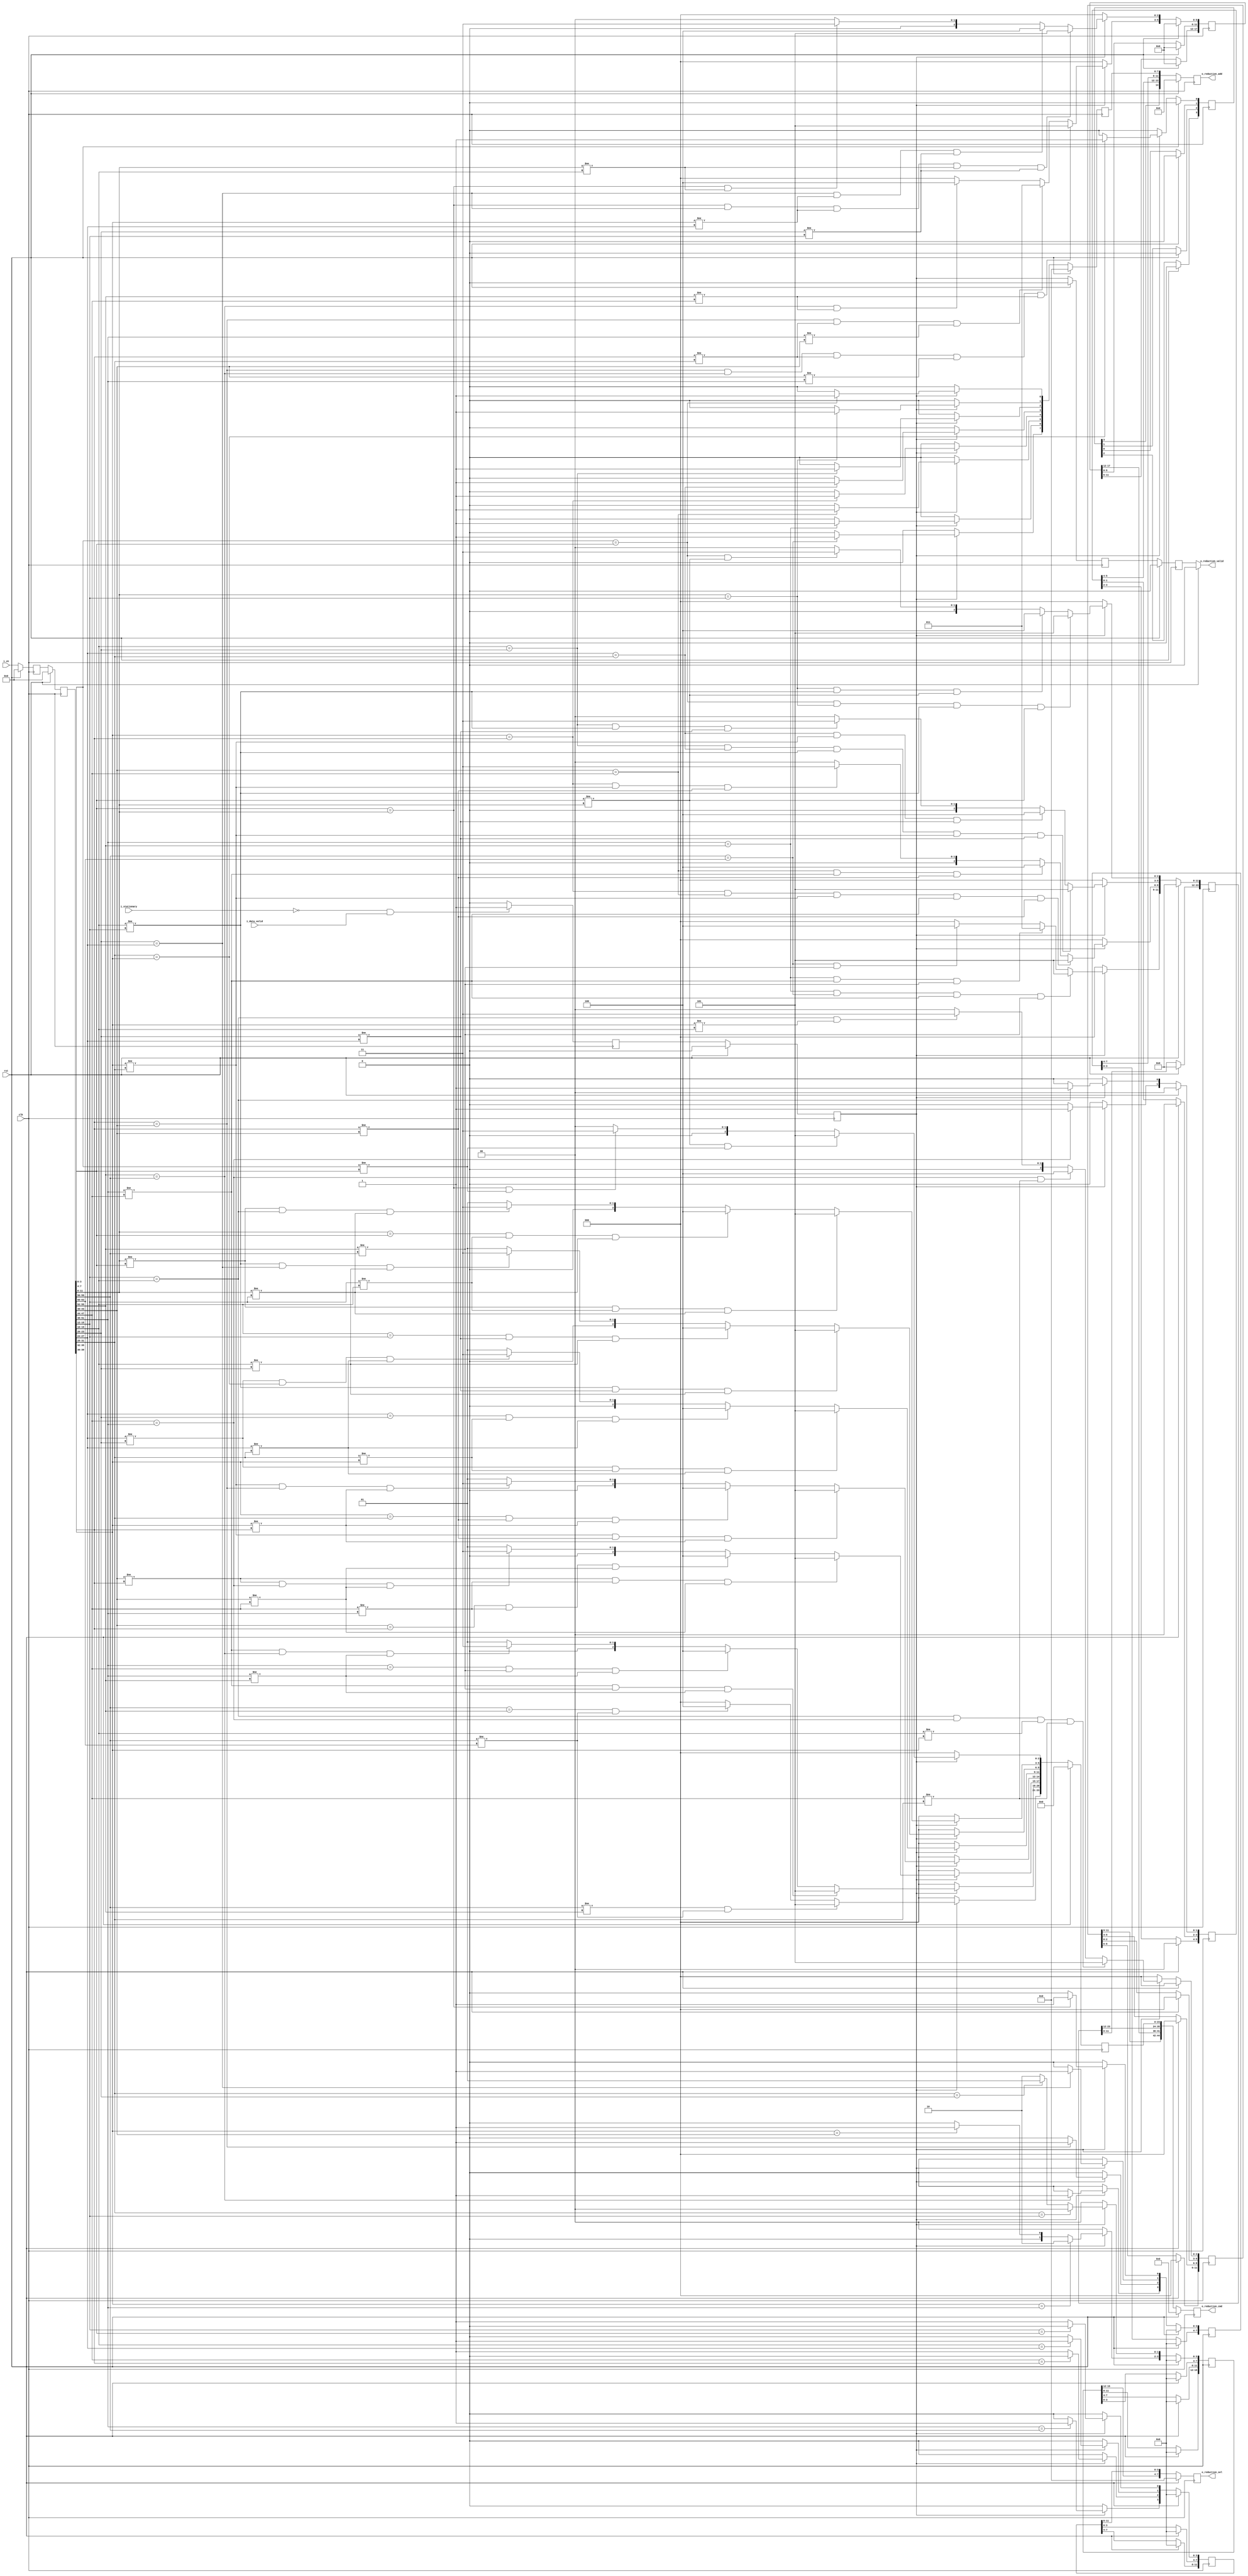
//##########################################################
// Generated Fowarding Adder Network Controller (FAN topology routing)
// Contact: ecqin@gatech.edu
//##########################################################


module fan_ctrl # (
	parameter DATA_TYPE =  32 ,
	parameter NUM_PES =  16 ,
	parameter LOG2_PES =  4 ) (
	clk,
	rst,
	i_vn,
	i_stationary,
	i_data_valid,
	o_reduction_add,
	o_reduction_cmd,
	o_reduction_sel,
	o_reduction_valid
);
	input clk;
	input rst;
	input [NUM_PES*LOG2_PES-1: 0] i_vn; // different partial sum bit seperator
	input i_stationary; // if input data is for stationary or streaming
	input i_data_valid; // if input data is valid or not
	output reg [(NUM_PES-1)-1:0] o_reduction_add; // determine to add or not
	output reg [3*(NUM_PES-1)-1:0] o_reduction_cmd; // reduction command (for VN commands)
	output reg [7 : 0] o_reduction_sel; // select bits for FAN topology
	output reg o_reduction_valid; // if reduction output from FAN is valid or not

	// reduction cmd and sel control bits (not flopped for timing yet)
	reg [(NUM_PES-1)-1:0] r_reduction_add;
	reg [3*(NUM_PES-1)-1:0] r_reduction_cmd;
	reg [7 : 0] r_reduction_sel;


	// diagonal flops for timing fix across different levels in tree (add_en signal)
	reg [7 : 0] r_add_lvl_0;
	reg [7 : 0] r_add_lvl_1;
	reg [5 : 0] r_add_lvl_2;
	reg [3 : 0] r_add_lvl_3;


	// diagonal flops for timing fix across different levels in tree (cmd signal)
	reg [23 : 0] r_cmd_lvl_0;
	reg [23 : 0] r_cmd_lvl_1;
	reg [17 : 0] r_cmd_lvl_2;
	reg [11 : 0] r_cmd_lvl_3;


	// diagonal flops for timing fix across different levels in tree (sel signal)
	reg [11 : 0] r_sel_lvl_2;
	reg [15 : 0] r_sel_lvl_3;


	// timing alignment for i_vn delay and for output valid
	reg [2*NUM_PES*LOG2_PES-1:0] r_vn;
	reg [NUM_PES*LOG2_PES-1:0] w_vn;
	reg [4 : 0 ] r_valid;


	genvar i, x;;
	// add flip flops to delay i_vn
	generate
		for (i=0; i < 2; i=i+1) begin : vn_ff
			if (i == 0) begin: pass
				always @ (posedge clk) begin
					if (rst == 1'b1) begin
						r_vn[(i+1)*NUM_PES*LOG2_PES-1:i*NUM_PES*LOG2_PES] <= 'd0;
					end else begin
						r_vn[(i+1)*NUM_PES*LOG2_PES-1:i*NUM_PES*LOG2_PES] <= i_vn;
					end
				end
			end else begin: flop
				always @ (posedge clk) begin
					if (rst == 1'b1) begin
						r_vn[(i+1)*NUM_PES*LOG2_PES-1:i*NUM_PES*LOG2_PES] <= 'd0;
					end else begin
						r_vn[(i+1)*NUM_PES*LOG2_PES-1:i*NUM_PES*LOG2_PES] <= r_vn[i*NUM_PES*LOG2_PES-1:(i-1)*NUM_PES*LOG2_PES];
					end
				end
			end
		end
	endgenerate

	// assign last flop to w_vn
	always @(*) begin
		w_vn = r_vn[2*NUM_PES*LOG2_PES-1:1*NUM_PES*LOG2_PES];
	end


	// generating control bits for lvl: 0
	// Note: lvl 0 and 1 do not require sel bits
	generate
		for (x=0; x < 8; x=x+1) begin: adders_lvl_0
			if (x == 0) begin: l_edge_case
				always @ (*) begin
					if (rst == 1'b1) begin
						r_reduction_add[0+x] = 'd0;
						r_reduction_cmd[3*0+3*x+:3] = 'd0;
					end else begin
						// generate cmd logic
						if (r_valid[1] == 1'b1) begin
							if (w_vn[(2*x+0)*LOG2_PES+:LOG2_PES] == w_vn[(2*x+1)*LOG2_PES+:LOG2_PES]) begin
								r_reduction_add[0+x] = 1'b1; // add enable
							end else begin
								r_reduction_add[0+x] = 1'b0;
							end


							if (w_vn[(2*x+1)*LOG2_PES+:LOG2_PES] != w_vn[(2*x+2)*LOG2_PES+:LOG2_PES] && w_vn[(2*x+0)*LOG2_PES+:LOG2_PES] != w_vn[(2*x+1)*LOG2_PES+:LOG2_PES]) begin
								r_reduction_cmd[3*0+3*x+:3] = 3'b101; // both vn done
							end else if (w_vn[(2*x+1)*LOG2_PES+:LOG2_PES] == w_vn[(2*x+2)*LOG2_PES+:LOG2_PES] && w_vn[(2*x+0)*LOG2_PES+:LOG2_PES] != w_vn[(2*x+1)*LOG2_PES+:LOG2_PES]) begin
								r_reduction_cmd[3*0+3*x+:3] = 3'b011; // left vn done
							end else begin
								r_reduction_cmd[3*0+3*x+:3] = 3'b000; // nothing
							end
						end else begin
							r_reduction_add[0+x] = 1'b0;
							r_reduction_cmd[3*0+3*x+:3] = 3'b000; // nothing
						end

					end
				end
			end else if (x == 7) begin: r_edge_case
				always @ (*) begin
					if (rst == 1'b1) begin
						r_reduction_add[0+x] = 'd0;
						r_reduction_cmd[3*0+3*x+:3] = 'd0;
					end else begin
						// generate cmd logic
						if (r_valid[1] == 1'b1) begin
							if (w_vn[(2*x+0)*LOG2_PES+:LOG2_PES] == w_vn[(2*x+1)*LOG2_PES+:LOG2_PES]) begin
								r_reduction_add[0+x] = 1'b1; // add enable
							end else begin
								r_reduction_add[0+x] = 1'b0;
							end


							if (w_vn[(2*x+0)*LOG2_PES+:LOG2_PES] != w_vn[(2*x+-1)*LOG2_PES+:LOG2_PES] && w_vn[(2*x+0)*LOG2_PES+:LOG2_PES] != w_vn[(2*x+1)*LOG2_PES+:LOG2_PES]) begin
								r_reduction_cmd[3*0+3*x+:3] = 3'b101; // both vn done
							end else if (w_vn[(2*x+0)*LOG2_PES+:LOG2_PES] == w_vn[(2*x+-1)*LOG2_PES+:LOG2_PES] && w_vn[(2*x+0)*LOG2_PES+:LOG2_PES] != w_vn[(2*x+1)*LOG2_PES+:LOG2_PES]) begin
								r_reduction_cmd[3*0+3*x+:3] = 3'b100; // right vn done
							end else begin
								r_reduction_cmd[3*0+3*x+:3] = 3'b000; // nothing
							end

						end else begin
							r_reduction_add[0+x] = 1'b0;
							r_reduction_cmd[3*0+3*x+:3] = 3'b000; // nothing
						end

					end
				end
			end else begin: normal
				always @ (*) begin
					if (rst == 1'b1) begin
						r_reduction_add[0+x] = 'd0;
						r_reduction_cmd[3*0+3*x+:3] = 'd0;
					end else begin
						// generate cmd logic
						if (r_valid[1] == 1'b1) begin
							if (w_vn[(2*x+0)*LOG2_PES+:LOG2_PES] == w_vn[(2*x+1)*LOG2_PES+:LOG2_PES]) begin
								r_reduction_add[0+x] = 1'b1; // add enable
							end else begin
								r_reduction_add[0+x] = 1'b0;
							end


							if ((w_vn[(2*x+0)*LOG2_PES+:LOG2_PES] != w_vn[(2*x+-1)*LOG2_PES+:LOG2_PES]) && (w_vn[(2*x+1)*LOG2_PES+:LOG2_PES] != w_vn[(2*x+2)*LOG2_PES+:LOG2_PES]) && w_vn[(2*x+0)*LOG2_PES+:LOG2_PES] != w_vn[(2*x+1)*LOG2_PES+:LOG2_PES]) begin
								r_reduction_cmd[3*0+3*x+:3] = 3'b101; // both vn done
							end else if ((w_vn[(2*x+0)*LOG2_PES+:LOG2_PES] == w_vn[(2*x+-1)*LOG2_PES+:LOG2_PES]) && (w_vn[(2*x+1)*LOG2_PES+:LOG2_PES] != w_vn[(2*x+2)*LOG2_PES+:LOG2_PES]) && w_vn[(2*x+0)*LOG2_PES+:LOG2_PES] != w_vn[(2*x+1)*LOG2_PES+:LOG2_PES]) begin
								r_reduction_cmd[3*0+3*x+:3] = 3'b100; // right vn done
							end else if ((w_vn[(2*x+0)*LOG2_PES+:LOG2_PES] != w_vn[(2*x+-1)*LOG2_PES+:LOG2_PES]) && (w_vn[(2*x+1)*LOG2_PES+:LOG2_PES] == w_vn[(2*x+2)*LOG2_PES+:LOG2_PES]) && w_vn[(2*x+0)*LOG2_PES+:LOG2_PES] != w_vn[(2*x+1)*LOG2_PES+:LOG2_PES]) begin
								r_reduction_cmd[3*0+3*x+:3] = 3'b011; // left vn done
							end else begin
								r_reduction_cmd[3*0+3*x+:3] = 3'b001; // bypass
							end

						end else begin
							r_reduction_add[0+x] = 1'b0;
					r_reduction_cmd[3*0+3*x+:3] = 3'b000; // nothing
						end

					end
				end
			end
		end
	endgenerate

	// generating control bits for lvl: 1
	// Note: lvl 0 and 1 do not require sel bits
	generate
		for (x=0; x < 4; x=x+1) begin: adders_lvl_1
			if (x == 0) begin: l_edge_case
				always @ (*) begin
					if (rst == 1'b1) begin
						r_reduction_add[8+x] = 'd0;
						r_reduction_cmd[3*8+3*x+:3] = 'd0;
					end else begin
						// generate cmd logic
						if (r_valid[1] == 1'b1) begin
							if (w_vn[(4*x+1)*LOG2_PES+:LOG2_PES] == w_vn[(4*x+2)*LOG2_PES+:LOG2_PES]) begin
								r_reduction_add[8+x] = 1'b1; // add enable
							end else begin
								r_reduction_add[8+x] = 1'b0;
							end


							if ((w_vn[(4*x+0)*LOG2_PES+:LOG2_PES] == w_vn[(4*x+1)*LOG2_PES+:LOG2_PES]) && (w_vn[(4*x+2)*LOG2_PES+:LOG2_PES] == w_vn[(4*x+3)*LOG2_PES+:LOG2_PES]) && (w_vn[(4*x+4)*LOG2_PES+:LOG2_PES] != w_vn[(4*x+3)*LOG2_PES+:LOG2_PES]) && w_vn[(4*x+1)*LOG2_PES+:LOG2_PES] != w_vn[(4*x+2)*LOG2_PES+:LOG2_PES]) begin
								r_reduction_cmd[3*8+3*x+:3] = 3'b101; // both vn done
							end else if ((w_vn[(4*x+2)*LOG2_PES+:LOG2_PES] == w_vn[(4*x+3)*LOG2_PES+:LOG2_PES]) && (w_vn[(4*x+4)*LOG2_PES+:LOG2_PES] != w_vn[(4*x+3)*LOG2_PES+:LOG2_PES]) && w_vn[(4*x+1)*LOG2_PES+:LOG2_PES] != w_vn[(4*x+2)*LOG2_PES+:LOG2_PES]) begin
								r_reduction_cmd[3*8+3*x+:3] = 3'b100; // right vn done
							end else if ((w_vn[(4*x+0)*LOG2_PES+:LOG2_PES] == w_vn[(4*x+1)*LOG2_PES+:LOG2_PES]) && w_vn[(4*x+1)*LOG2_PES+:LOG2_PES] != w_vn[(4*x+2)*LOG2_PES+:LOG2_PES]) begin
								r_reduction_cmd[3*8+3*x+:3] = 3'b011; // left vn done
							end else begin
								r_reduction_cmd[3*8+3*x+:3] = 3'b000; // nothing
							end
						end else begin
							r_reduction_add[8+x] = 1'b0;
							r_reduction_cmd[3*8+3*x+:3] = 3'b000; // nothing
						end

					end
				end
			end else if (x == 3) begin: r_edge_case
				always @ (*) begin
					if (rst == 1'b1) begin
						r_reduction_add[8+x] = 'd0;
						r_reduction_cmd[3*8+3*x+:3] = 'd0;
					end else begin
						// generate cmd logic
						if (r_valid[1] == 1'b1) begin
							if (w_vn[(4*x+1)*LOG2_PES+:LOG2_PES] == w_vn[(4*x+2)*LOG2_PES+:LOG2_PES]) begin
								r_reduction_add[8+x] = 1'b1; // add enable
							end else begin
								r_reduction_add[8+x] = 1'b0;
							end


							if ((w_vn[(4*x+0)*LOG2_PES+:LOG2_PES] == w_vn[(4*x+1)*LOG2_PES+:LOG2_PES]) && (w_vn[(4*x+2)*LOG2_PES+:LOG2_PES] == w_vn[(4*x+3)*LOG2_PES+:LOG2_PES]) && (w_vn[(4*x+0)*LOG2_PES+:LOG2_PES] != w_vn[(4*x+-1)*LOG2_PES+:LOG2_PES]) && w_vn[(4*x+1)*LOG2_PES+:LOG2_PES] != w_vn[(4*x+2)*LOG2_PES+:LOG2_PES]) begin
								r_reduction_cmd[3*8+3*x+:3] = 3'b101; // both vn done
							end else if ((w_vn[(4*x+0)*LOG2_PES+:LOG2_PES] == w_vn[(4*x+1)*LOG2_PES+:LOG2_PES]) && (w_vn[(4*x+0)*LOG2_PES+:LOG2_PES] != w_vn[(4*x+-1)*LOG2_PES+:LOG2_PES]) && w_vn[(4*x+1)*LOG2_PES+:LOG2_PES] != w_vn[(4*x+2)*LOG2_PES+:LOG2_PES]) begin
								r_reduction_cmd[3*8+3*x+:3] = 3'b011; // left vn done
							end else if ((w_vn[(4*x+2)*LOG2_PES+:LOG2_PES] == w_vn[(4*x+3)*LOG2_PES+:LOG2_PES]) && w_vn[(4*x+1)*LOG2_PES+:LOG2_PES] != w_vn[(4*x+2)*LOG2_PES+:LOG2_PES]) begin
								r_reduction_cmd[3*8+3*x+:3] = 3'b100; // right vn done
							end else begin
								r_reduction_cmd[3*8+3*x+:3] = 3'b000; // nothing
							end

						end else begin
							r_reduction_add[8+x] = 1'b0;
							r_reduction_cmd[3*8+3*x+:3] = 3'b000; // nothing
						end

					end
				end
			end else begin: normal
				always @ (*) begin
					if (rst == 1'b1) begin
						r_reduction_add[8+x] = 'd0;
						r_reduction_cmd[3*8+3*x+:3] = 'd0;
					end else begin
						// generate cmd logic
						if (r_valid[1] == 1'b1) begin
							if (w_vn[(4*x+1)*LOG2_PES+:LOG2_PES] == w_vn[(4*x+2)*LOG2_PES+:LOG2_PES]) begin
								r_reduction_add[8+x] = 1'b1; // add enable
							end else begin
								r_reduction_add[8+x] = 1'b0;
							end


							if ((w_vn[(4*x+0)*LOG2_PES+:LOG2_PES] == w_vn[(4*x+1)*LOG2_PES+:LOG2_PES]) && (w_vn[(4*x+2)*LOG2_PES+:LOG2_PES] == w_vn[(4*x+3)*LOG2_PES+:LOG2_PES]) && (w_vn[(4*x+0)*LOG2_PES+:LOG2_PES] != w_vn[(4*x+-1)*LOG2_PES+:LOG2_PES]) && (w_vn[(4*x+4)*LOG2_PES+:LOG2_PES] != w_vn[(4*x+3)*LOG2_PES+:LOG2_PES]) && w_vn[(4*x+1)*LOG2_PES+:LOG2_PES] != w_vn[(4*x+2)*LOG2_PES+:LOG2_PES]) begin
								r_reduction_cmd[3*8+3*x+:3] = 3'b101; // both vn done
							end else if ((w_vn[(4*x+2)*LOG2_PES+:LOG2_PES] == w_vn[(4*x+3)*LOG2_PES+:LOG2_PES]) && (w_vn[(4*x+4)*LOG2_PES+:LOG2_PES] != w_vn[(4*x+3)*LOG2_PES+:LOG2_PES]) && w_vn[(4*x+1)*LOG2_PES+:LOG2_PES] != w_vn[(4*x+2)*LOG2_PES+:LOG2_PES]) begin
								r_reduction_cmd[3*8+3*x+:3] = 3'b100; // right vn done
							end else if ((w_vn[(4*x+0)*LOG2_PES+:LOG2_PES] == w_vn[(4*x+1)*LOG2_PES+:LOG2_PES]) && (w_vn[(4*x+0)*LOG2_PES+:LOG2_PES] != w_vn[(4*x+-1)*LOG2_PES+:LOG2_PES]) && w_vn[(4*x+1)*LOG2_PES+:LOG2_PES] != w_vn[(4*x+2)*LOG2_PES+:LOG2_PES]) begin
								r_reduction_cmd[3*8+3*x+:3] = 3'b011; // left vn done
							end else begin
								r_reduction_cmd[3*8+3*x+:3] = 3'b000; // nothing
							end

						end else begin
							r_reduction_add[8+x] = 1'b0;
					r_reduction_cmd[3*8+3*x+:3] = 3'b000; // nothing
						end

					end
				end
			end
		end
	endgenerate

	// generating control bits for lvl: 2
	// Note: lvl 0 and 1 do not require sel bits
	generate
		for (x=0; x < 2; x=x+1) begin: adders_lvl_2
			if (x == 0) begin: l_edge_case
				always @ (*) begin
					if (rst == 1'b1) begin
						r_reduction_add[12+x] = 'd0;
						r_reduction_cmd[3*12+3*x+:3] = 'd0;
						r_reduction_sel[(x*2)+0+:2] = 'd0;
					end else begin
						// generate cmd logic
						if (r_valid[1] == 1'b1) begin
							if (w_vn[(8*x+3)*LOG2_PES+:LOG2_PES] == w_vn[(8*x+4)*LOG2_PES+:LOG2_PES]) begin
								r_reduction_add[12+x] = 1'b1; // add enable
							end else begin
								r_reduction_add[12+x] = 1'b0;
							end


							if ((w_vn[(8*x+1)*LOG2_PES+:LOG2_PES] == w_vn[(8*x+2)*LOG2_PES+:LOG2_PES]) && (w_vn[(8*x+5)*LOG2_PES+:LOG2_PES] == w_vn[(8*x+6)*LOG2_PES+:LOG2_PES]) && (w_vn[(8*x+8)*LOG2_PES+:LOG2_PES] != w_vn[(8*x+6)*LOG2_PES+:LOG2_PES]) && (w_vn[(8*x+2)*LOG2_PES+:LOG2_PES] != w_vn[(8*x+4)*LOG2_PES+:LOG2_PES]) && (w_vn[(8*x+5)*LOG2_PES+:LOG2_PES] != w_vn[(8*x+3)*LOG2_PES+:LOG2_PES])) begin
								r_reduction_cmd[3*12+3*x+:3] = 3'b101; // both vn done
							end else if ((w_vn[(8*x+5)*LOG2_PES+:LOG2_PES] == w_vn[(8*x+6)*LOG2_PES+:LOG2_PES]) && (w_vn[(8*x+8)*LOG2_PES+:LOG2_PES] != w_vn[(8*x+6)*LOG2_PES+:LOG2_PES])  && (w_vn[(8*x+5)*LOG2_PES+:LOG2_PES] != w_vn[(8*x+3)*LOG2_PES+:LOG2_PES])) begin
								r_reduction_cmd[3*12+3*x+:3] = 3'b100; // right vn done
							end else if ((w_vn[(8*x+1)*LOG2_PES+:LOG2_PES] == w_vn[(8*x+2)*LOG2_PES+:LOG2_PES]) && (w_vn[(8*x+2)*LOG2_PES+:LOG2_PES] != w_vn[(8*x+4)*LOG2_PES+:LOG2_PES])) begin
								r_reduction_cmd[3*12+3*x+:3] = 3'b011; // left vn done
							end else begin
								r_reduction_cmd[3*12+3*x+:3] = 3'b000; // nothing
							end
						end else begin
							r_reduction_add[12+x] = 1'b0;
							r_reduction_cmd[3*12+3*x+:3] = 3'b000; // nothing
						end

						// generate left select logic
						if (r_valid[1] == 1'b1) begin
							if (w_vn[(8*x+3)*LOG2_PES+:LOG2_PES] == w_vn[(8*x+1)*LOG2_PES+:LOG2_PES]) begin
								r_reduction_sel[(x*2)+0+:1] = 'd0;
							end else begin
								r_reduction_sel[(x*2)+0+:1] = 'd1;
							end
						end else begin
							r_reduction_sel[(x*2)+0+:2] = 'd0;
						end


						// generate right select logic
						if (r_valid[1] == 1'b1) begin
							if (w_vn[(8*x+4)*LOG2_PES+:LOG2_PES] == w_vn[(8*x+6)*LOG2_PES+:LOG2_PES]) begin
								r_reduction_sel[(x*2)+1+:1] = 'd1;
							end else begin
								r_reduction_sel[(x*2)+1+:1] = 'd0;
							end
						end else begin
							r_reduction_sel[(x*2)+0+:2] = 'd0;
						end

					end
				end
			end else if (x == 1) begin: r_edge_case
				always @ (*) begin
					if (rst == 1'b1) begin
						r_reduction_add[12+x] = 'd0;
						r_reduction_cmd[3*12+3*x+:3] = 'd0;
						r_reduction_sel[(x*2)+0+:2] = 'd0;
					end else begin
						// generate cmd logic
						if (r_valid[1] == 1'b1) begin
							if (w_vn[(8*x+3)*LOG2_PES+:LOG2_PES] == w_vn[(8*x+4)*LOG2_PES+:LOG2_PES]) begin
								r_reduction_add[12+x] = 1'b1; // add enable
							end else begin
								r_reduction_add[12+x] = 1'b0;
							end


							if ((w_vn[(8*x+1)*LOG2_PES+:LOG2_PES] == w_vn[(8*x+2)*LOG2_PES+:LOG2_PES]) && (w_vn[(8*x+5)*LOG2_PES+:LOG2_PES] == w_vn[(8*x+6)*LOG2_PES+:LOG2_PES]) && (w_vn[(8*x+1)*LOG2_PES+:LOG2_PES] != w_vn[(8*x+-1)*LOG2_PES+:LOG2_PES]) && (w_vn[(8*x+2)*LOG2_PES+:LOG2_PES] != w_vn[(8*x+4)*LOG2_PES+:LOG2_PES]) && (w_vn[(8*x+5)*LOG2_PES+:LOG2_PES] != w_vn[(8*x+3)*LOG2_PES+:LOG2_PES])) begin
								r_reduction_cmd[3*12+3*x+:3] = 3'b101; // both vn done
							end else if ((w_vn[(8*x+1)*LOG2_PES+:LOG2_PES] == w_vn[(8*x+2)*LOG2_PES+:LOG2_PES]) && (w_vn[(8*x+1)*LOG2_PES+:LOG2_PES] != w_vn[(8*x+-1)*LOG2_PES+:LOG2_PES]) && (w_vn[(8*x+4)*LOG2_PES+:LOG2_PES] != w_vn[(8*x+2)*LOG2_PES+:LOG2_PES])) begin
								r_reduction_cmd[3*12+3*x+:3] = 3'b011; // left vn done
							end else if ((w_vn[(8*x+5)*LOG2_PES+:LOG2_PES] == w_vn[(8*x+6)*LOG2_PES+:LOG2_PES]) && (w_vn[(8*x+5)*LOG2_PES+:LOG2_PES] != w_vn[(8*x+3)*LOG2_PES+:LOG2_PES])) begin
								r_reduction_cmd[3*12+3*x+:3] = 3'b100; // right vn done
							end else begin
								r_reduction_cmd[3*12+3*x+:3] = 3'b000; // nothing
							end

						end else begin
							r_reduction_add[12+x] = 1'b0;
							r_reduction_cmd[3*12+3*x+:3] = 3'b000; // nothing
						end

						// generate left select logic
						if (r_valid[1] == 1'b1) begin
							if (w_vn[(8*x+3)*LOG2_PES+:LOG2_PES] == w_vn[(8*x+1)*LOG2_PES+:LOG2_PES]) begin
								r_reduction_sel[(x*2)+0+:1] = 'd0;
							end else begin
								r_reduction_sel[(x*2)+0+:1] = 'd1;
							end
						end else begin
							r_reduction_sel[(x*2)+0+:2] = 'd0;
						end


						// generate right select logic
						if (r_valid[1] == 1'b1) begin
							if (w_vn[(8*x+4)*LOG2_PES+:LOG2_PES] == w_vn[(8*x+6)*LOG2_PES+:LOG2_PES]) begin
								r_reduction_sel[(x*2)+1+:1] = 'd1;
							end else begin
								r_reduction_sel[(x*2)+1+:1] = 'd0;
							end
						end else begin
							r_reduction_sel[(x*2)+0+:2] = 'd0;
						end

					end
				end
			end else begin: normal
				always @ (*) begin
					if (rst == 1'b1) begin
						r_reduction_add[12+x] = 'd0;
						r_reduction_cmd[3*12+3*x+:3] = 'd0;
						r_reduction_sel[(x*2)+0+:2] = 'd0;
					end else begin
						// generate cmd logic
						if (r_valid[1] == 1'b1) begin
							if (w_vn[(8*x+3)*LOG2_PES+:LOG2_PES] == w_vn[(8*x+4)*LOG2_PES+:LOG2_PES]) begin
								r_reduction_add[12+x] = 1'b1; // add enable
							end else begin
								r_reduction_add[12+x] = 1'b0;
							end


							if ((w_vn[(8*x+1)*LOG2_PES+:LOG2_PES] == w_vn[(8*x+2)*LOG2_PES+:LOG2_PES]) && (w_vn[(8*x+5)*LOG2_PES+:LOG2_PES] == w_vn[(8*x+6)*LOG2_PES+:LOG2_PES]) && (w_vn[(8*x+1)*LOG2_PES+:LOG2_PES] != w_vn[(8*x+-1)*LOG2_PES+:LOG2_PES]) && (w_vn[(8*x+8)*LOG2_PES+:LOG2_PES] != w_vn[(8*x+6)*LOG2_PES+:LOG2_PES])  && (w_vn[(8*x+2)*LOG2_PES+:LOG2_PES] != w_vn[(8*x+4)*LOG2_PES+:LOG2_PES]) && (w_vn[(8*x+5)*LOG2_PES+:LOG2_PES] != w_vn[(8*x+3)*LOG2_PES+:LOG2_PES])) begin
								r_reduction_cmd[3*12+3*x+:3] = 3'b101; // both vn done
							end else if ((w_vn[(8*x+5)*LOG2_PES+:LOG2_PES] == w_vn[(8*x+6)*LOG2_PES+:LOG2_PES]) && (w_vn[(8*x+8)*LOG2_PES+:LOG2_PES] != w_vn[(8*x+6)*LOG2_PES+:LOG2_PES])  && (w_vn[(8*x+5)*LOG2_PES+:LOG2_PES] != w_vn[(8*x+3)*LOG2_PES+:LOG2_PES])) begin
								r_reduction_cmd[3*12+3*x+:3] = 3'b100; // right vn done
							end else if ((w_vn[(8*x+1)*LOG2_PES+:LOG2_PES] == w_vn[(8*x+2)*LOG2_PES+:LOG2_PES]) && (w_vn[(8*x+1)*LOG2_PES+:LOG2_PES] != w_vn[(8*x+-1)*LOG2_PES+:LOG2_PES]) && (w_vn[(8*x+4)*LOG2_PES+:LOG2_PES] != w_vn[(8*x+2)*LOG2_PES+:LOG2_PES])) begin
								r_reduction_cmd[3*12+3*x+:3] = 3'b011; // left vn done
							end else begin
								r_reduction_cmd[3*12+3*x+:3] = 3'b000; // nothing
							end

						end else begin
							r_reduction_add[12+x] = 1'b0;
					r_reduction_cmd[3*12+3*x+:3] = 3'b000; // nothing
						end

						// generate left select logic
						if (r_valid[1] == 1'b1) begin
							if (w_vn[(8*x+3)*LOG2_PES+:LOG2_PES] == w_vn[(8*x+1)*LOG2_PES+:LOG2_PES]) begin
								r_reduction_sel[(x*2)+0+:1] = 'd0;
							end else begin
								r_reduction_sel[(x*2)+0+:1] = 'd1;
							end
						end else begin
							r_reduction_sel[(x*2)+0+:2] = 'd0;
						end


						// generate right select logic
						if (r_valid[1] == 1'b1) begin
							if (w_vn[(8*x+4)*LOG2_PES+:LOG2_PES] == w_vn[(8*x+6)*LOG2_PES+:LOG2_PES]) begin
								r_reduction_sel[(x*2)+1+:1] = 'd1;
							end else begin
								r_reduction_sel[(x*2)+1+:1] = 'd0;
							end
						end else begin
							r_reduction_sel[(x*2)+0+:2] = 'd0;
						end

					end
				end
			end
		end
	endgenerate

	// generating control bits for lvl: 3
	generate
		for (x=0; x < 1; x=x+1) begin: adders_lvl_3
			if (x == 0) begin: middle_case
				always @ (*) begin
					if (rst == 1'b1) begin
						r_reduction_add[14+x] = 'd0;
						r_reduction_cmd[3*14+3*x+:3] = 'd0;
						r_reduction_sel[(x*4)+4+:4] = 'd0;
					end else begin
						// generate cmd logic
						if (r_valid[1] == 1'b1) begin
							if (w_vn[(16*x+7)*LOG2_PES+:LOG2_PES] == w_vn[(16*x+8)*LOG2_PES+:LOG2_PES]) begin
								r_reduction_add[14+x] = 1'b1; // add enable
							end else begin
								r_reduction_add[14+x] = 1'b0;
							end


							if ((w_vn[(16*x+3)*LOG2_PES+:LOG2_PES] == w_vn[(16*x+4)*LOG2_PES+:LOG2_PES]) && (w_vn[(16*x+11)*LOG2_PES+:LOG2_PES] == w_vn[(16*x+12)*LOG2_PES+:LOG2_PES]) && (w_vn[(16*x+4)*LOG2_PES+:LOG2_PES] != w_vn[(16*x+8)*LOG2_PES+:LOG2_PES]) && (w_vn[(16*x+11)*LOG2_PES+:LOG2_PES] != w_vn[(16*x+7)*LOG2_PES+:LOG2_PES])) begin
								r_reduction_cmd[3*14+3*x+:3] = 3'b101; // both vn done
							end else if ((w_vn[(16*x+11)*LOG2_PES+:LOG2_PES] == w_vn[(16*x+12)*LOG2_PES+:LOG2_PES]) && (w_vn[(16*x+11)*LOG2_PES+:LOG2_PES] != w_vn[(16*x+7)*LOG2_PES+:LOG2_PES])) begin
								r_reduction_cmd[3*14+3*x+:3] = 3'b100; // right vn done
							end else if ((w_vn[(16*x+3)*LOG2_PES+:LOG2_PES] == w_vn[(16*x+4)*LOG2_PES+:LOG2_PES]) && (w_vn[(16*x+8)*LOG2_PES+:LOG2_PES] != w_vn[(16*x+4)*LOG2_PES+:LOG2_PES])) begin
								r_reduction_cmd[3*14+3*x+:3] = 3'b011; // left vn done
							end else begin
								r_reduction_cmd[3*14+3*x+:3] = 3'b000; // nothing
							end

						end else begin
							r_reduction_add[14+x] = 1'b0;
							r_reduction_cmd[3*14+3*x+:3] = 3'b000; // nothing
						end

						// generate left select logic
						if (r_valid[1] == 1'b1) begin
							if (w_vn[(16*x+7)*LOG2_PES+:LOG2_PES] == w_vn[(16*x+3)*LOG2_PES+:LOG2_PES]) begin
								r_reduction_sel[(x*4)+4+:2] = 'd0;
							end else if (w_vn[(16*x+7)*LOG2_PES+:LOG2_PES] == w_vn[(16*x+5)*LOG2_PES+:LOG2_PES]) begin
								r_reduction_sel[(x*4)+4+:2] = 'd1;
							end else begin
								r_reduction_sel[(x*4)+4+:2] = 'd2;
							end
						end else begin
							r_reduction_sel[(x*4)+4+:4] = 'd0;
						end


						// generate right select logic
						if (r_valid[1] == 1'b1) begin
							if (w_vn[(16*x+8)*LOG2_PES+:LOG2_PES] == w_vn[(16*x+12)*LOG2_PES+:LOG2_PES]) begin
								r_reduction_sel[(x*4)+6+:2] = 'd2;
							end else if (w_vn[(16*x+8)*LOG2_PES+:LOG2_PES] == w_vn[(16*x+10)*LOG2_PES+:LOG2_PES]) begin
								r_reduction_sel[(x*4)+6+:2] = 'd1;
							end else begin
								r_reduction_sel[(x*4)+6+:2] = 'd0;
							end
						end else begin
							r_reduction_sel[(x*4)+4+:4] = 'd0;
						end

					end
				end
			end
		end
	endgenerate



	// generate diagonal flops for cmd and sel timing alignment
	always @ (posedge clk) begin
		if (rst == 1'b1) begin
			r_add_lvl_0 <= 'd0;
			r_add_lvl_1 <= 'd0;
			r_add_lvl_2 <= 'd0;
			r_add_lvl_3 <= 'd0;


			r_cmd_lvl_0 <= 'd0;
			r_cmd_lvl_1 <= 'd0;
			r_cmd_lvl_2 <= 'd0;
			r_cmd_lvl_3 <= 'd0;


			r_sel_lvl_2 <= 'd0;
			r_sel_lvl_3 <= 'd0;
		end else begin
			r_add_lvl_0[7:0] <= r_reduction_add[7:0];
			r_add_lvl_1[3:0] <= r_reduction_add[11:8];
			r_add_lvl_1[7:4] <= r_add_lvl_1[3:0];
			r_add_lvl_2[1:0] <= r_reduction_add[13:12];
			r_add_lvl_2[3:2] <= r_add_lvl_2[1:0];
			r_add_lvl_2[5:4] <= r_add_lvl_2[3:2];
			r_add_lvl_3[0:0] <= r_reduction_add[14:14];
			r_add_lvl_3[1:1] <= r_add_lvl_3[0:0];
			r_add_lvl_3[2:2] <= r_add_lvl_3[1:1];
			r_add_lvl_3[3:3] <= r_add_lvl_3[2:2];


			r_cmd_lvl_0[23:0] <= r_reduction_cmd[23:0];
			r_cmd_lvl_1[11:0] <= r_reduction_cmd[35:24];
			r_cmd_lvl_1[23:12] <= r_cmd_lvl_1[11:0];
			r_cmd_lvl_2[5:0] <= r_reduction_cmd[41:36];
			r_cmd_lvl_2[11:6] <= r_cmd_lvl_2[5:0];
			r_cmd_lvl_2[17:12] <= r_cmd_lvl_2[11:6];
			r_cmd_lvl_3[2:0] <= r_reduction_cmd[44:42];
			r_cmd_lvl_3[5:3] <= r_cmd_lvl_3[2:0];
			r_cmd_lvl_3[8:6] <= r_cmd_lvl_3[5:3];
			r_cmd_lvl_3[11:9] <= r_cmd_lvl_3[8:6];


			r_sel_lvl_2[3:0] <= r_reduction_sel[3:0];
			r_sel_lvl_2[7:4] <= r_sel_lvl_2[3:0];
			r_sel_lvl_2[11:8] <= r_sel_lvl_2[7:4];
			r_sel_lvl_3[3:0] <= r_reduction_sel[7:4];
			r_sel_lvl_3[7:4] <= r_sel_lvl_3[3:0];
			r_sel_lvl_3[11:8] <= r_sel_lvl_3[7:4];
			r_sel_lvl_3[15:12] <= r_sel_lvl_3[11:8];
		end
	end


	// Adjust output valid timing and logic
	always @ (posedge clk) begin
		if (i_stationary == 1'b0 && i_data_valid == 1'b1) begin
			r_valid[0] <= 1'b1;
		end else begin
			r_valid[0] <= 1'b0;
		end
	end

	generate
		for (i=0; i < 4; i=i+1) begin
			always @ (posedge clk) begin
				if (rst == 1'b1) begin
					r_valid[i+1] <= 1'b0;
				end else begin
					r_valid[i+1] <= r_valid[i];
				end
			end
		end
	endgenerate

	always @ (*) begin
		if (rst == 1'b1) begin
			o_reduction_valid <= 1'b0;
		end else begin
			o_reduction_valid <= r_valid[3];
		end
	end

	// assigning diagonally flopped cmd and sel
	always @ (posedge clk) begin
		if (rst == 1'b1) begin
			o_reduction_add <= 'd0;
			o_reduction_cmd <= 'd0;
			o_reduction_sel <= 'd0;
		end else begin
			o_reduction_add <= {r_add_lvl_3[3:3],r_add_lvl_2[5:4],r_add_lvl_1[7:4],r_add_lvl_0[7:0]};
			o_reduction_cmd <= {r_cmd_lvl_3[11:9],r_cmd_lvl_2[17:12],r_cmd_lvl_1[23:12],r_cmd_lvl_0[23:0]};
			o_reduction_sel <= {r_sel_lvl_3[15:12],r_sel_lvl_2[11:8]};
		end
	end

endmodule